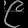
Digit: ၉